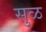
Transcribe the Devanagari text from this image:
सुळ